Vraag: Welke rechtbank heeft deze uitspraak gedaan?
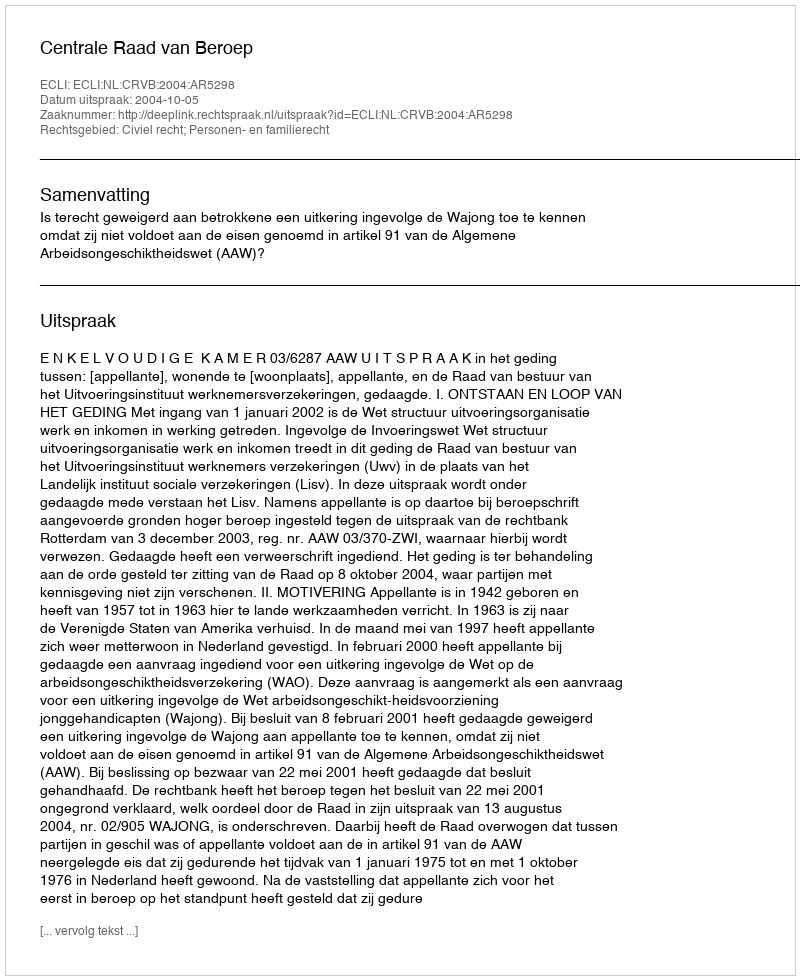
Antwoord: Centrale Raad van Beroep